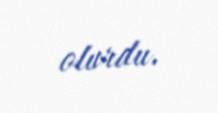
olurdu.